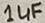
Text: 1µF